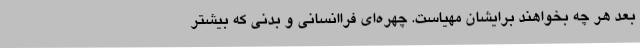
بعد هر چه بخواهند برایشان مهیاست. چهره‌ای فراانسانی و بدنی که بیشتر